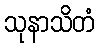
သုနာသိတံ